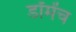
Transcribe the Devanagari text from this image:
डॉमेंच